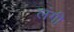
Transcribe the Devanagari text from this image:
लंगी